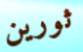
ثورين